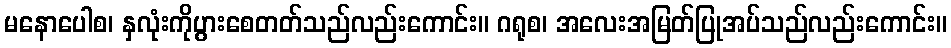
မနောပေါစ၊ နှလုံးကိုပွားစေတတ်သည်လည်းကောင်း။ ဂရုစ၊ အလေးအမြတ်ပြုအပ်သည်လည်းကောင်း။